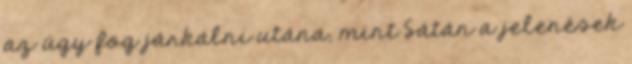
az úgy fog járkálni utána, mint Sátán a jelenések